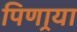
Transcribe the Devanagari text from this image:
पिणार्‍या